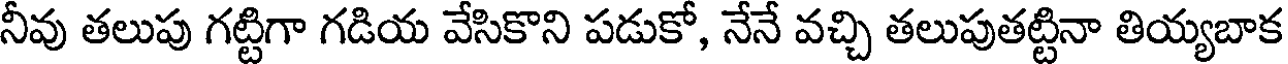
నీవు తలుపు గట్టిగా గడియ వేసికొని పడుకో, నేనే వచ్చి తలుపుతట్టినా తియ్యబాక